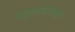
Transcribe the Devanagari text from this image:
राष्ट्रध्वजाबद्दल